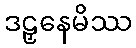
ဒဠှနေမိဿ